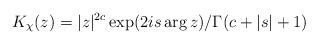
LaTeX: \begin{align*}K_\chi(z)=|z|^{2c}\exp(2is\arg z)/ \Gamma(c+|s|+1)\end{align*}